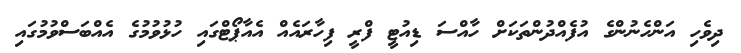
ދިވެހި އަންހެނުންގެ އުފެއްދުންތަކަށް ހާއްސަ ޑިއުޓީ ފްރީ ފިހާރައެއް އެއާޕޯޓްގައި ހުޅުވުމުގެ އެއްބަސްވުމުގައި